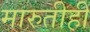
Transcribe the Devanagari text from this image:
मारुतीही